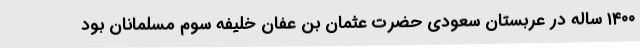
۱۴۰۰ ساله در عربستان سعودی حضرت عثمان بن عفان خلیفه سوم مسلمانان بود